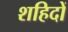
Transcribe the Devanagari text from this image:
शहिदों